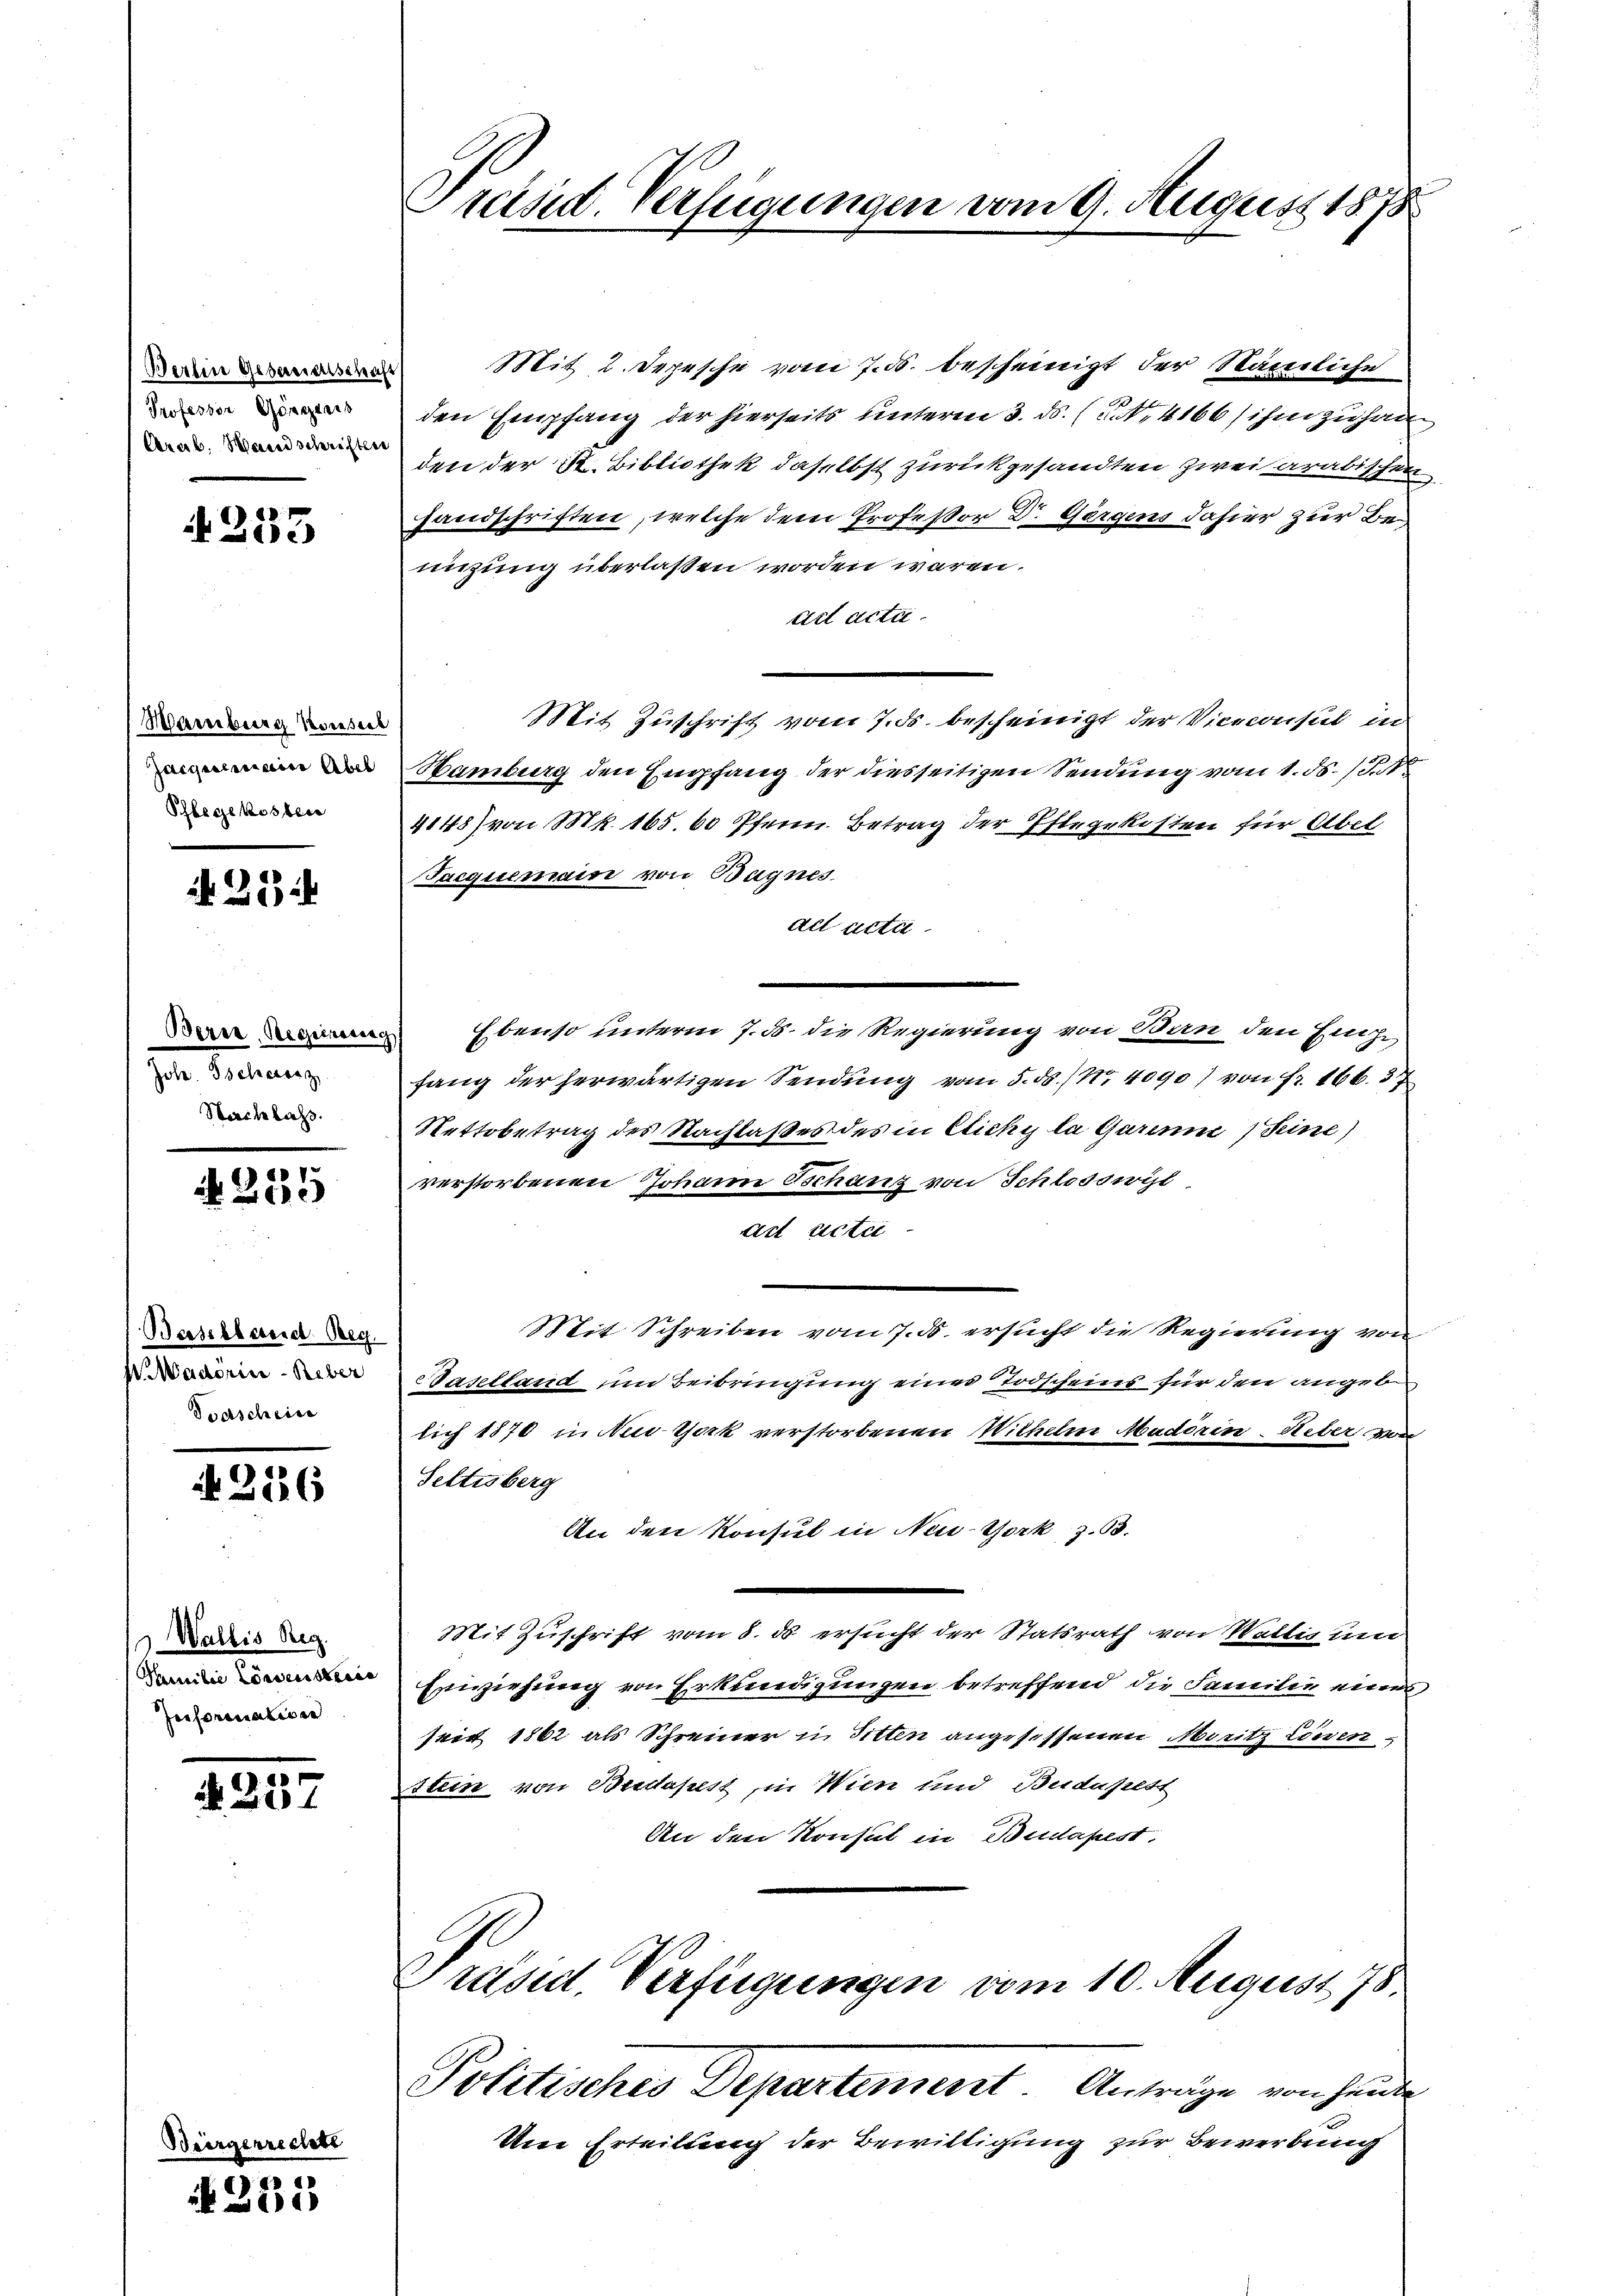
reisid. Verfügungen vom 9. August 1878

Mit 2. Depesche vom 7. d. bescheinigt der Stämerliche
den Empfang der hierseits unterm 3. ds. (S. 4166) ihm zu han
den der St. Bibliothek daselbst zurückgesandten zwei arabischen
Handschriften, welche dem Professor Dr. Gergens dahier zur Benüzung überlassen worden wären.
ad acta.
Mit Zuschrift vom 7. ds. bescheinigt der Viceconsul in
Hamburg den Empfang der diesseitigen Sendung vom 1. ds. Jet
4148) von Mk. 165. 60 Pfenn Betrag der Pflegekosten für Übel
Facquemain von Bagnes
act acta
Ebenso unterm 7. ds. die Regierung von Ban den Einze
fang der herwärtigen Sendung vom 5. ds. (Nr. 4090) von Fr. 166. 37
Stettobetrag des Nachlaßes des in Cichy la Garinne Seine)
verstorbenen Johann Tschang von Schlosswil
ad Acte
Mit Schreiben vom 7. ds. ersucht die Regierung von
Baselland um Beibringung eines Todscheins für den angeb
lich 1870 in New York verstorbenen Wilhelm Maderin-Ueber von
Seltisberg
An den Konsul in New-York z. B.
Mit Zuschrift vom 8. ds ersucht der Statsrath von Wallis um
Einziehung von Erkundigungen betreffend die Familie eine
seit 1862 als Schreiner in Sitten angesessenen Moritz Löwen,
stein von Bridapest, in Wien und Budapest
An den Konsul in Budapest,
Präsid. Verfügungen vom 10. August 78.
Politisches Departement. Anträge von Hander
Um Erteilung der Bewilligung zur Bewerbung

Berten Gesarenschaft
Professor Gorganis
Arab. Wand schriften

4235

Marburg Konsect
Jacgestreiterer Abel
Schlegekosten

N 22

Berce, Besseineren.
Jole. Tscherenz
Nachlass.

N 255

Baselbereie Beg
W. Maderin - Reber
Soascheine

No. 2126

Wallis Reg.
Samilie Consensberis
Information

A 257

ecret

Bei

N 231